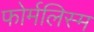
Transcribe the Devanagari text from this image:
फोर्मलिस्म